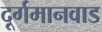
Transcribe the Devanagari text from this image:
दूर्गमानवाड